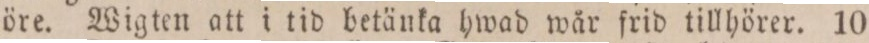
öre. Wigten att i tid betänka hwad wår frid tillhörer. 10